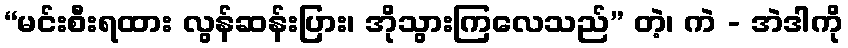
“မင်းစီးရထား လွန်ဆန်းပြား၊ အိုသွားကြလေသည်” တဲ့၊ ကဲ - အဲဒါကို